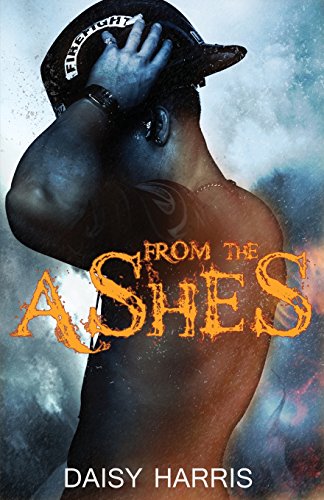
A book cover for From the Ashes; Daisy Harris; Romance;